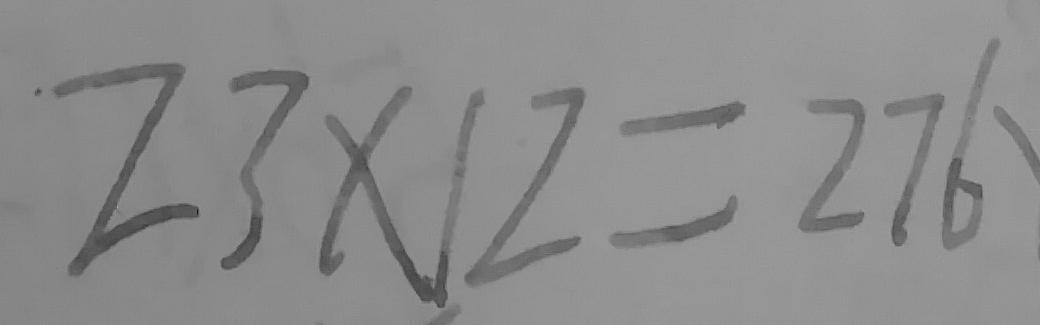
2 3 \times 1 2 = 2 7 6